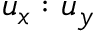
u _ { x } : u _ { y }